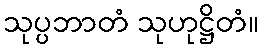
သုပ္ပဘာတံ သုဟုဋ္ဌိတံ။